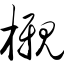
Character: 榇